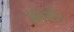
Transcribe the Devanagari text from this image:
प्रश्नों।